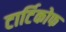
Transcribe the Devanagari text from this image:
टार्टिकोफ